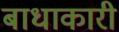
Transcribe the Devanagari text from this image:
बाधाकारी